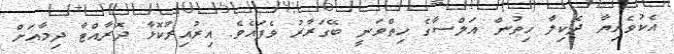
އެކުވެރިޔާ ދެކިލާ ހިތުން އަލްސާގެ ހިތްވަނީ ބޭގަރާރު ވެފައެވެ. އިރުއިރުކޮޅާ ދޮރާއްޓާ ދިމާއަށް